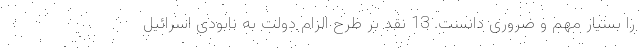
را بسیار مهم و ضروری دانست. 13 نقد بر طرح الزام دولت به نابودی اسرائیل